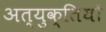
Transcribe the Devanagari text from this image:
अत्युक्तियों